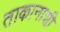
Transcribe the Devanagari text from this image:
ताकानाशी